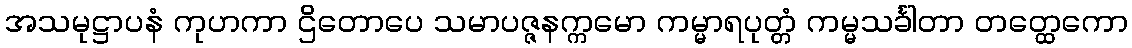
အသမုဋ္ဌာပနံ ကုဟကာ ဌိတောပေ သမာပဇ္ဇနက္ကမော ကမ္မာရပုတ္တံ ကမ္မသင်္ခါတာ တတ္ထေကော